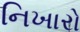
નિખારો